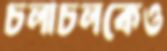
চলাচলকেও